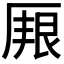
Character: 𠪏